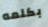
بكلمه